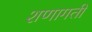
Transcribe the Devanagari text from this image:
शणागती